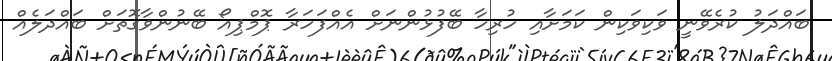
ބައްދަލު ކުރެވޭނީ ވަކިވަކިން ކަމަށާއި ހުރިހާ ބޭފުޅުންނަށް އެއްފަހަރާ ޕޮމްޕިއޯ ބޭނުންވާގޮތަށް ބައްދަލެއް